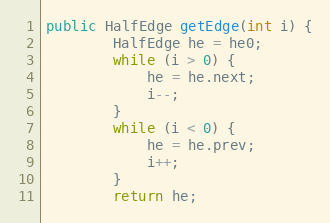
Language: Java
public HalfEdge getEdge(int i) {
        HalfEdge he = he0;
        while (i > 0) {
            he = he.next;
            i--;
        }
        while (i < 0) {
            he = he.prev;
            i++;
        }
        return he;